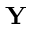
\mathbf { Y }